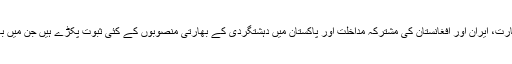
پاکستان کی فوج اور سلامتی اداروں نے خاص طور پر صوبہ بلوچستان میں بھارت، ایران اور افغانستان کی مُشترکہ مداخلت اور پاکستان میں دہشتگردی کے بھارتی منصوبوں کے کئی ثبوت پکڑے ہیں جن میں بھارتی جاسوس، اُن کے مقامی کارندے، غیرملکی کرنسی اور ہتھیار شامل ہیں۔